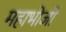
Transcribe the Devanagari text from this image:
महाभोजों